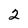
Character: 2